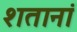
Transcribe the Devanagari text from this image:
शतानां